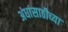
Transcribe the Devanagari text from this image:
अंधांसाठीच्या